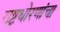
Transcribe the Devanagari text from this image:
राष्ट्रधोरणांचा